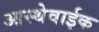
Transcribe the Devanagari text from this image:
आस्थेवाईक